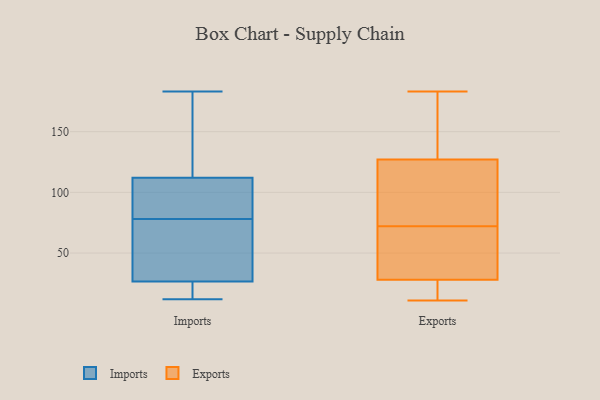
{"axis": {"x": "Tickets Resolved", "y": "Value"}, "legend": ["Exports", "Imports"], "data": [{"x": "", "y": 104, "type": "Imports"}, {"x": "", "y": 33, "type": "Imports"}, {"x": "", "y": 45, "type": "Imports"}, {"x": "", "y": 94, "type": "Imports"}, {"x": "", "y": 12, "type": "Imports"}, {"x": "", "y": 133, "type": "Imports"}, {"x": "", "y": 19, "type": "Imports"}, {"x": "", "y": 183, "type": "Imports"}, {"x": "", "y": 67, "type": "Imports"}, {"x": "", "y": 120, "type": "Imports"}, {"x": "", "y": 20, "type": "Imports"}, {"x": "", "y": 89, "type": "Imports"}, {"x": "", "y": 75, "type": "Exports"}, {"x": "", "y": 183, "type": "Exports"}, {"x": "", "y": 11, "type": "Exports"}, {"x": "", "y": 66, "type": "Exports"}, {"x": "", "y": 50, "type": "Exports"}, {"x": "", "y": 79, "type": "Exports"}, {"x": "", "y": 127, "type": "Exports"}, {"x": "", "y": 28, "type": "Exports"}, {"x": "", "y": 141, "type": "Exports"}, {"x": "", "y": 13, "type": "Exports"}, {"x": "", "y": 124, "type": "Exports"}, {"x": "", "y": 69, "type": "Exports"}, {"x": "", "y": 26, "type": "Exports"}, {"x": "", "y": 163, "type": "Exports"}]}